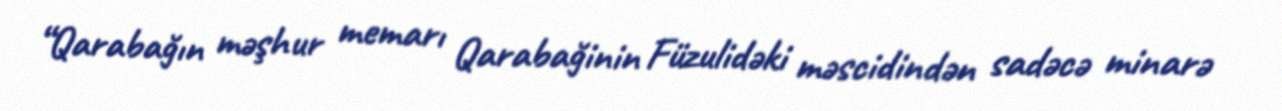
“Qarabağın məşhur memarı Qarabağinin Füzulidəki məscidindən sadəcə minarə